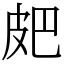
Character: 㿬